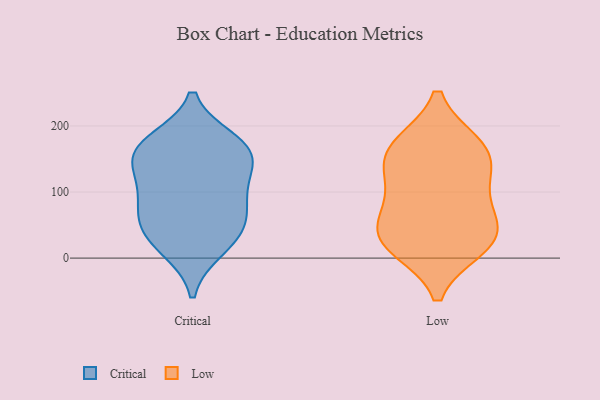
{"axis": {"x": "Market Share (%)", "y": "Value"}, "legend": ["Critical", "Low"], "data": [{"x": "", "y": 144, "type": "Critical"}, {"x": "", "y": 164, "type": "Critical"}, {"x": "", "y": 77, "type": "Critical"}, {"x": "", "y": 49, "type": "Critical"}, {"x": "", "y": 98, "type": "Critical"}, {"x": "", "y": 111, "type": "Critical"}, {"x": "", "y": 56, "type": "Critical"}, {"x": "", "y": 15, "type": "Critical"}, {"x": "", "y": 27, "type": "Critical"}, {"x": "", "y": 156, "type": "Critical"}, {"x": "", "y": 176, "type": "Critical"}, {"x": "", "y": 167, "type": "Critical"}, {"x": "", "y": 124, "type": "Low"}, {"x": "", "y": 69, "type": "Low"}, {"x": "", "y": 27, "type": "Low"}, {"x": "", "y": 17, "type": "Low"}, {"x": "", "y": 163, "type": "Low"}, {"x": "", "y": 129, "type": "Low"}, {"x": "", "y": 171, "type": "Low"}, {"x": "", "y": 170, "type": "Low"}, {"x": "", "y": 33, "type": "Low"}, {"x": "", "y": 77, "type": "Low"}, {"x": "", "y": 26, "type": "Low"}]}